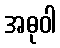
အဓုဝါ